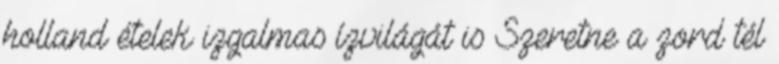
holland ételek izgalmas ízvilágát is Szeretne a zord tél